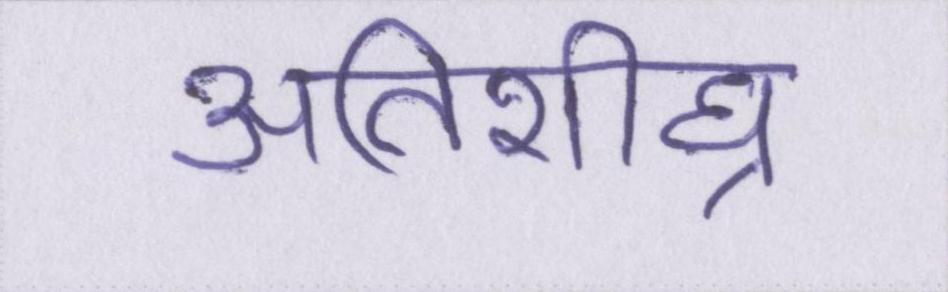
अतिशीघ्र